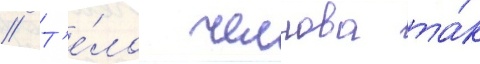
// Т'е́ло челнова та́к